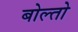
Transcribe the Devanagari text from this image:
बोल्तो